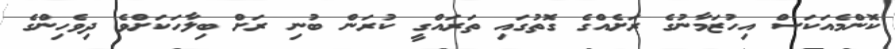
ކޮންމެއަކަސް އިހުޒަމާނުގެ ރަށެއްގެ ގޮތުގައި ތަރައްގީ ކުރަން ބުނި ރަށް ބިލާހަކަށްވެ ދިވެހިންގެ